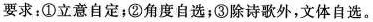
要求：①立意自定；②角度自选；③除诗歌外，文体自选。